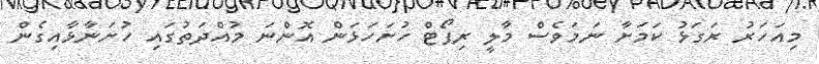
މިއަހަރު ރަގަޅު ކަމަށާ ނަމަވެސް މާލީ ރިޕޯޓް ހުށަހަޅަން އޮންނަ މުއްދަތުގައި ހުށަނާޅާއިގެން